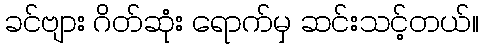
ခင်ဗျား ဂိတ်ဆုံး ရောက်မှ ဆင်းသင့်တယ်။